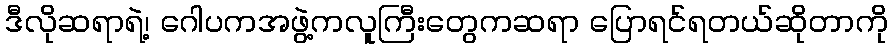
ဒီလိုဆရာရဲ့၊ ဂေါပကအဖွဲ့ကလူကြီးတွေကဆရာ ပြောရင်ရတယ်ဆိုတာကို